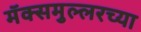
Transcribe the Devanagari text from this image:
मॅक्समुल्लरच्या